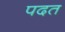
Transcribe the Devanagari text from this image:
पदत